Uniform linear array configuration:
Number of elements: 16
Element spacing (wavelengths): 0.25
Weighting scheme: exponential
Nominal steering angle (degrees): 60
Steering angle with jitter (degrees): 59.066
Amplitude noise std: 0.05
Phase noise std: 0.05

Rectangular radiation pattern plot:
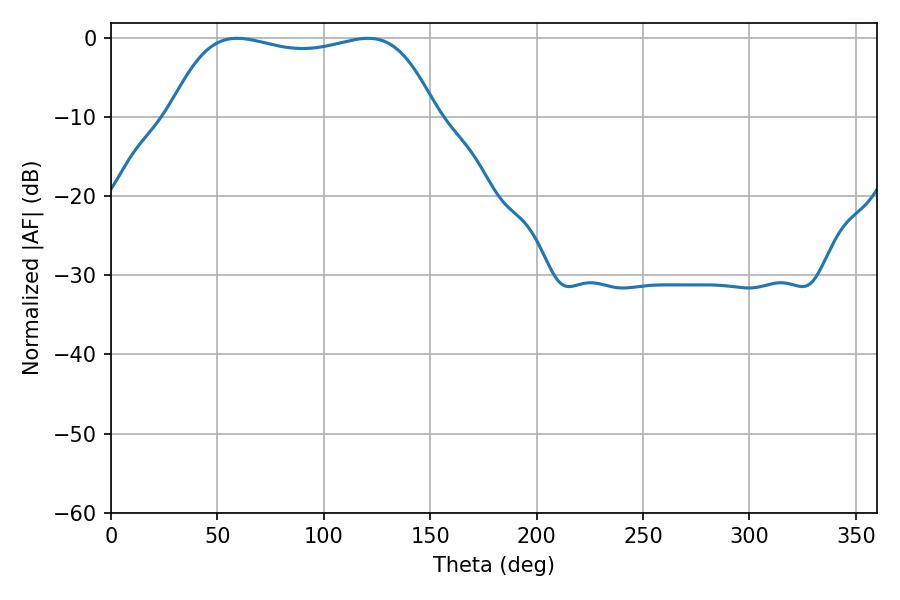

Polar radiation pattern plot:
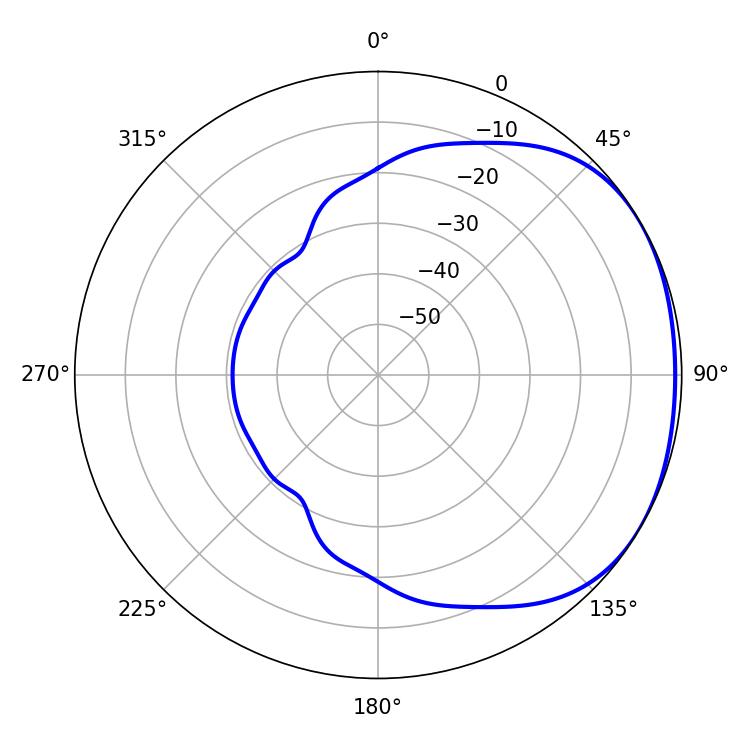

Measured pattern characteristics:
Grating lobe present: FALSE
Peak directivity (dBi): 1.579
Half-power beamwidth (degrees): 100.08
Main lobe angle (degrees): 59.22